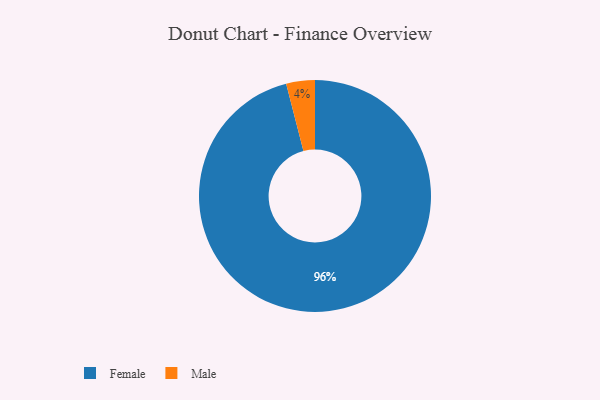
{"axis": {"x": "Category", "y": "Percentage"}, "legend": ["Female", "Male"], "data": [{"x": "Female", "y": 96, "type": "Female"}, {"x": "Male", "y": 4, "type": "Male"}]}